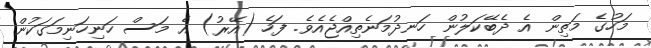
މަހުގެ މަތިން އެ ދެބޭކަލުން ހަނދުމަނެތިއްޖެއެވެ. ފަހެ (އޭރު) އެ މަސް ހަނިހަނިމަގަކުން